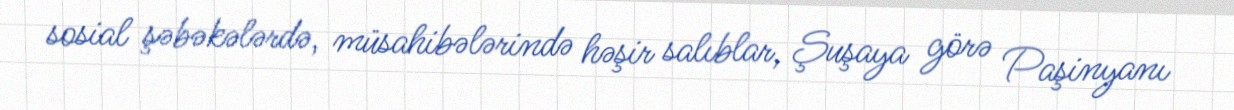
sosial şəbəkələrdə, müsahibələrində həşir salıblar, Şuşaya görə Paşinyanı